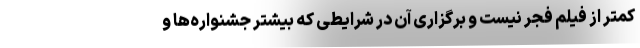
کمتر از فیلم فجر نیست و برگزاری آن در شرایطی که بیشتر جشنواره‌ها و